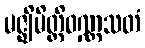
မဇ္ဈိမိတ္ထိဝဏ္ဏသတံ